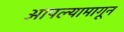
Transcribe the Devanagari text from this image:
आपल्यामागून